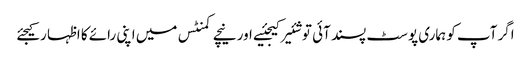
اگر آپ کو ہماری پوسٹ پسند آئی تو شئیر کیجئیے اور نیچے کمنٹس میں اپنی رائے کا اظہا رکیجئے